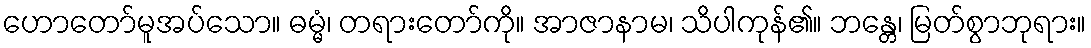
ဟောတော်မူအပ်သော။ ဓမ္မံ၊ တရားတော်ကို။ အာဇာနာမ၊ သိပါကုန်၏။ ဘန္တေ၊ မြတ်စွာဘုရား။